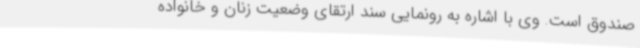
صندوق است. وی با اشاره به رونمایی سند ارتقای وضعیت زنان و خانواده